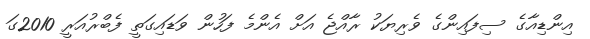
އިންޑިއާގެ ސިފައިންގެ ވެރިޔަކު ރާއްޖެ އަށް އެންމެ ފަހުން ވަޑައިގަތީ ފެބްރުއަރީ 2010ގަ